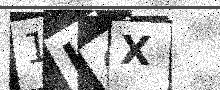
Text: 1I0X